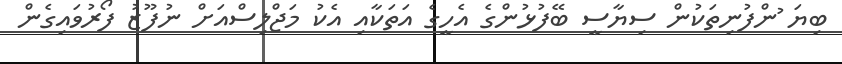
ބިޔަ ުންފުނިތަކުން ސިޔާސީ ބޭފުޅުންގެ އެހީގެ އަތަކާއި އެކު މަޖްލިސްއަށް ނުފޫޒު ފޯރުވައިގެން